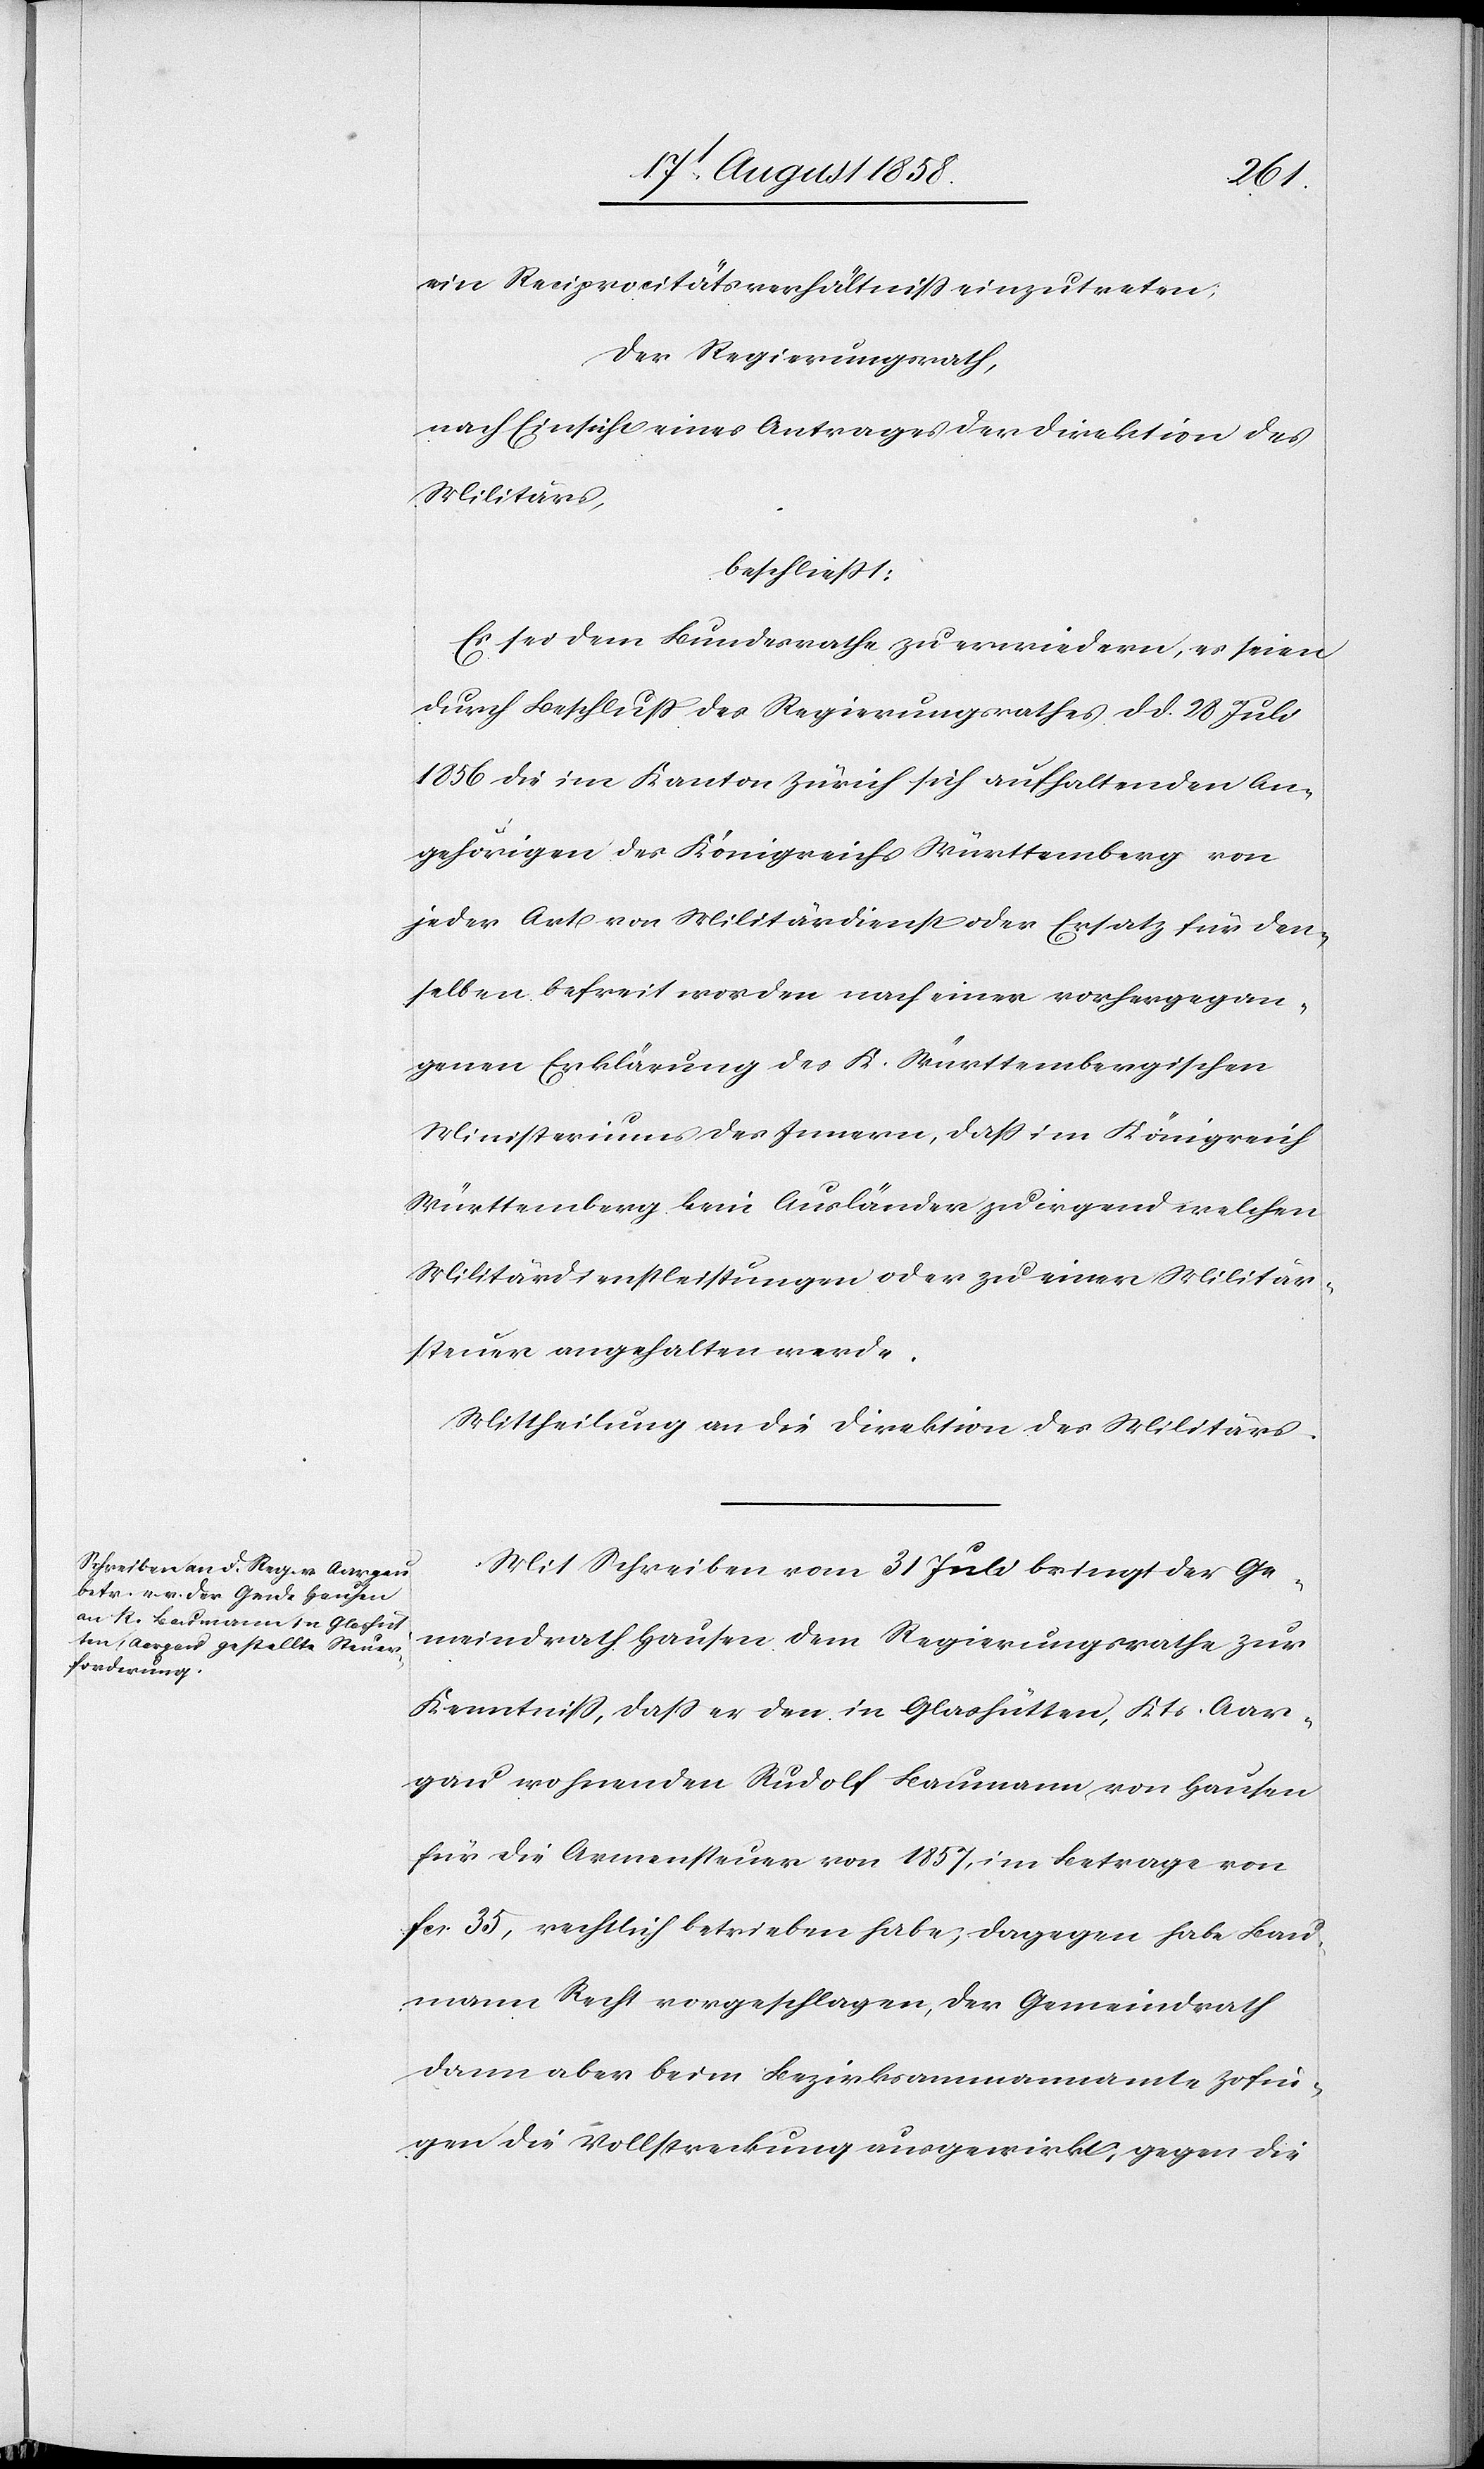
ein Reciprocitätsverhältniss einzutreten;
Der Regierungsrath,
nach Einsicht eines Antrages der Direktion des
Militärs,
beschliesst:
Es sei dem Bundesrathe zu erwiedern, es seien
durch Beschluss des Regierungsrathes d. d. 28 Juli
1856 die im Kanton Zürich sich aufhaltenden An¬
gehörigen des Königreichs Württemberg von
jeder Art von Militärdienst oder Ersatz für den¬
selben befreit worden nach einer vorhergegan¬
genen Erklärung des K. Württembergischen
Ministeriums des Innern, dass im Königreich
Württemberg kein Ausländer zu irgend welchen
Militärdienstleistungen oder zu einer Militär¬
steuer angehalten werde.
Mittheilung an die Direktion des Militärs.
Mit Schreiben vom 31 Juli bringt der Ge¬
meindrath Hausen dem Regierungsrathe zur
Kenntniss, dass er den in Glashütten, Kts. Aar¬
gau wohnenden Rudolf Baumann von Hausen
für die Armensteuer von 1857, im Betrage von
fcs. 35, rechtlich betrieben habe; dagegen habe Bau¬
mann Recht vorgeschlagen, der Gemeindrath
dann aber beim Bezirksammannamte Zofin¬
gen die Vollstreckung ausgewirkt; gegen die